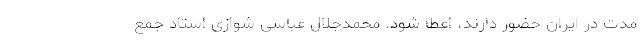
مدت در ایران حضور دارند، اعطا شود. محمدجلال عباسی شوازی استاد جمع